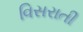
વિસરાતી